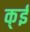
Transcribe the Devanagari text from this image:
क्ई